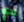
لدي